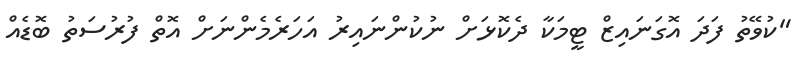
"ކުވޭތު ފަދަ އޮގަނައިޒް ޓީމަކާ ދެކޮޅަށް ނުކުންނައިރު އަހަރެމެންނަށް އޮތް ފުރުސަތު ބޮޑެއް